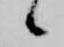
候